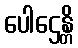
ပေါဌေန္တိ